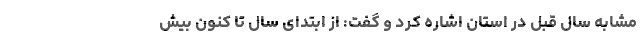
مشابه سال قبل در استان اشاره کرد و گفت: از ابتدای سال تا کنون بیش